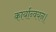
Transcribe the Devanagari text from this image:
कार्यान्वयन।